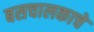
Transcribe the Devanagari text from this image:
बसचालकाचे